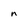
Character: n